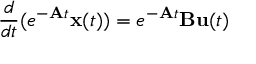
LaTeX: { \frac { d } { d t } } ( e ^ { - \mathbf { A } t } \mathbf { x } ( t ) ) = e ^ { - \mathbf { A } t } \mathbf { B } \mathbf { u } ( t )